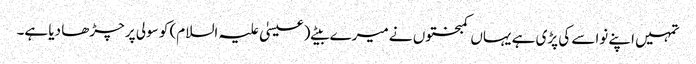
تمہیں اپنے نواسے کی پڑی ہے یہاں کمبختوں نے میرے بیٹے (عیسیٰ علیہ السلام) کو سولی پر چڑھا دیا ہے۔